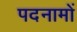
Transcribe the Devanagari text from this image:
पदनामों